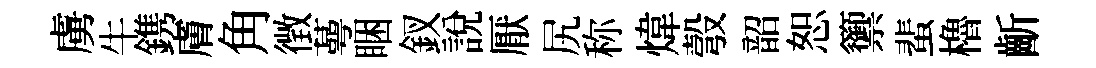
虜牛鎸膚角徴蕚睏釵說厭尻称煒彀韶恕籞蜚櫓齗